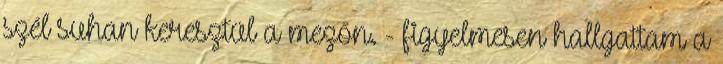
szél suhan keresztül a mezőn. - figyelmesen hallgattam a